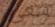
سعى